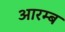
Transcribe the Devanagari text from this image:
आरम्ब